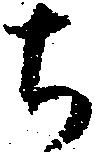
ち